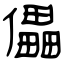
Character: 儡